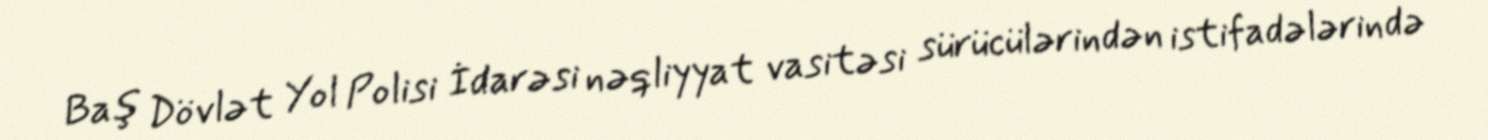
Baş Dövlət Yol Polisi İdarəsi nəqliyyat vasitəsi sürücülərindən istifadələrində